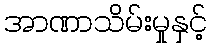
အာဏာသိမ်းမှုနှင့်